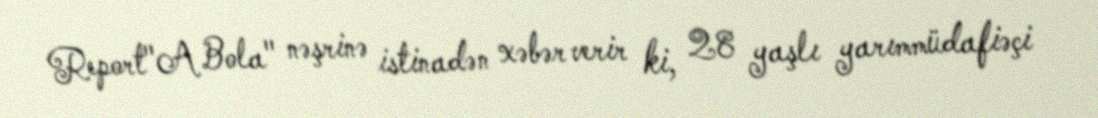
Report"A Bola" nəşrinə istinadən xəbər verir ki, 28 yaşlı yarımmüdafiəçi